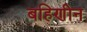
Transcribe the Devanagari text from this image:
बहिणीन